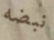
نبضه